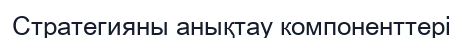
Стратегияны анықтау компоненттері